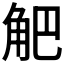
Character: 𧣃